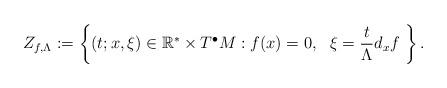
LaTeX: \begin{align*}Z_{f,\Lambda}:=\left\{(t;x,\xi)\in \mathbb{R}^*\times T^{\bullet}M: f(x)=0,\ \ \xi=\frac{t}{\Lambda}d_xf\ \right\}.\end{align*}